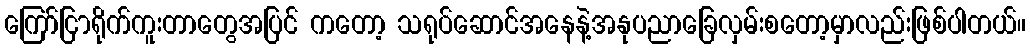
ကြော်ငြာရိုက်ကူးတာတွေအပြင် ကတော့ သရုပ်ဆောင်အနေနဲ့အနုပညာခြေလှမ်းစတော့မှာလည်းဖြစ်ပါတယ်။